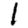
Digit: 1